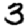
Digit: 3